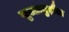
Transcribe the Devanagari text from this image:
सुल्तानुद्दौला